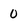
Character: 0